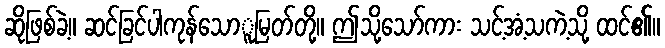
ဆိုဖြစ်ခဲ့။ ဆင်ခြင်ပါကုန်သောူမြတ်တို့။ ဤသို့သော်ကား သင့်အံ့သကဲ့သို့ ထင်၏။